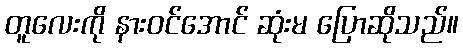
တူလေးကို နားဝင်အောင် ဆုံးမ ပြောဆိုသည်။